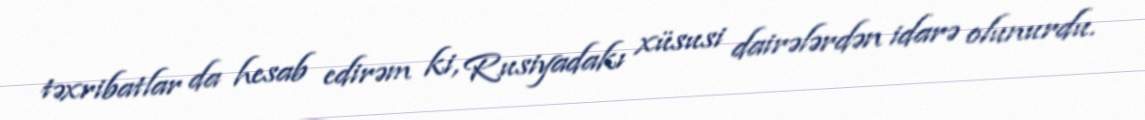
təxribatlar da hesab edirəm ki, Rusiyadakı xüsusi dairələrdən idarə olunurdu.